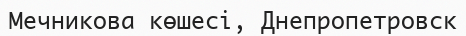
Мечникова көшесі, Днепропетровск